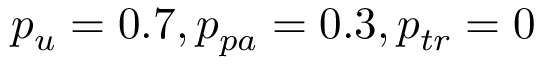
p _ { u } = 0 . 7 , p _ { p a } = 0 . 3 , p _ { t r } = 0